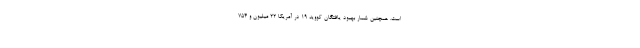
است. همچنین شمار بهبود یافتگان کووید ۱۹ در آمریکا ۲۲ میلیون و ۷۵۴